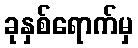
ခုနှစ်ရောက်မှ